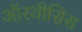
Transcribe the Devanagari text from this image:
ऑरथीसिस